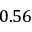
0 . 5 6